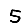
Digit: 5